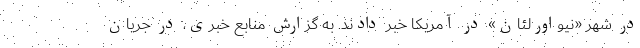
در شهر «نیواورلئان» در آمریکا خبر دادند. به گزارش منابع خبری، در جریان